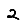
Digit: 2